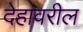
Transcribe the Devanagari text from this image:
देहावरील